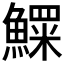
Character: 𱆾